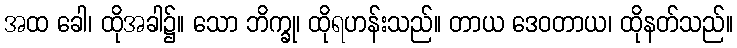
အထ ခေါ၊ ထိုအခါ၌။ သော ဘိက္ခု၊ ထိုရဟန်းသည်။ တာယ ဒေဝတာယ၊ ထိုနတ်သည်။